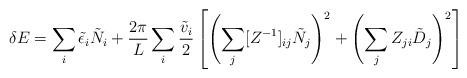
LaTeX: \begin{align*}\delta E = \sum_{i} \tilde{\epsilon}_i \tilde{N}_i + \frac{2\pi}{L}\sum_i \frac{\tilde{v}_i}{2}\left[\left(\sum_j [Z^{-1}]_{ij} \tilde{N}_j\right)^2 +\left( \sum_j Z_{ji} \tilde{D}_j\right)^2\right] \end{align*}